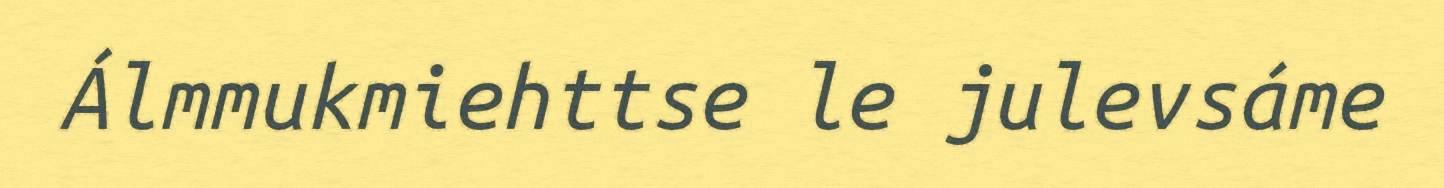
Álmmukmiehttse le julevsáme